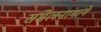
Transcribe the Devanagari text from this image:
संमेलनांमागे